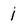
Character: i